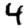
Digit: 4